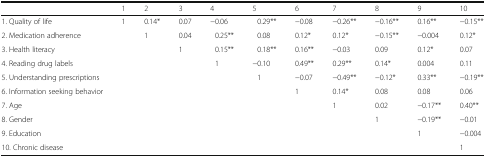
|  | 1 | 2 | 3 | 4 | 5 | 6 | 7 | 8 | 9 | 10 |
 | --- | --- | --- | --- | --- | --- | --- | --- | --- | --- | --- |
 | 1. Quality of life | 1 | 0.14* | 0.07 | −0.06 | 0.29** | −0.08 | −0.26** | −0.16** | 0.16** | −0.15** |
 | 2. Medication adherence |  | 1 | 0.04 | 0.25** | 0.08 | 0.12* | 0.12* | −0.15** | −0.004 | 0.12* |
 | 3. Health literacy |  |  | 1 | 0.15** | 0.18** | 0.16** | −0.03 | 0.09 | 0.12* | 0.07 |
 | 4. Reading drug labels |  |  |  | 1 | −0.10 | 0.49** | 0.29** | 0.14* | 0.004 | 0.11 |
 | 5. Understanding prescriptions |  |  |  |  | 1 | −0.07 | −0.49** | −0.12* | 0.33** | −0.19** |
 | 6. Information seeking behavior |  |  |  |  |  | 1 | 0.14* | 0.08 | 0.08 | 0.06 |
 | 7. Age |  |  |  |  |  |  | 1 | 0.02 | −0.17** | 0.40** |
 | 8. Gender |  |  |  |  |  |  |  | 1 | −0.19** | −0.01 |
 | 9. Education |  |  |  |  |  |  |  |  | 1 | −0.004 |
 | 10. Chronic disease |  |  |  |  |  |  |  |  |  | 1 |